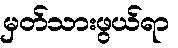
မှတ်သားဖွယ်ရာ